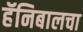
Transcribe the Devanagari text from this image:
हॅनिबालचा